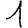
Digit: 1